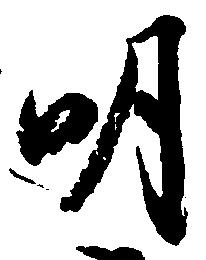
明